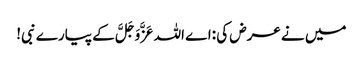
میں نے عرض کی :اے اللہ عَزَّوَجَلَّ کے پیارے نبی!